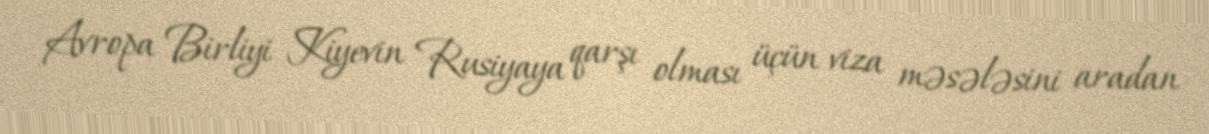
Avropa Birliyi Kiyevin Rusiyaya qarşı olması üçün viza məsələsini aradan